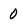
Character: 0